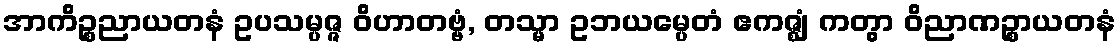
အာကိဉ္စညာယတနံ ဥပသမ္ပဇ္ဇ ဝိဟာတဗ္ဗံ, တသ္မာ ဥဘယမ္ပေတံ ဧကဇ္ဈံ ကတွာ ဝိညာဏဉ္စာယတနံ